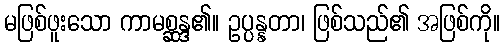
မဖြစ်ဖူးသော ကာမစ္ဆန္ဒ၏။ ဥပ္ပန္နတာ၊ ဖြစ်သည်၏ အဖြစ်ကို။